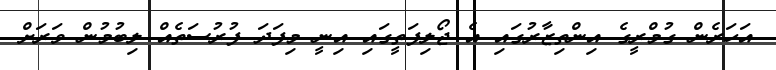
އަހަރެން ގުމްރީގެ އިންތިޒާރުގައި އެ ޖޯލިފަތީގައި އިނީ މިފަދަ ފުރުސަަތެއް ލިބުމުން ވަރަށް